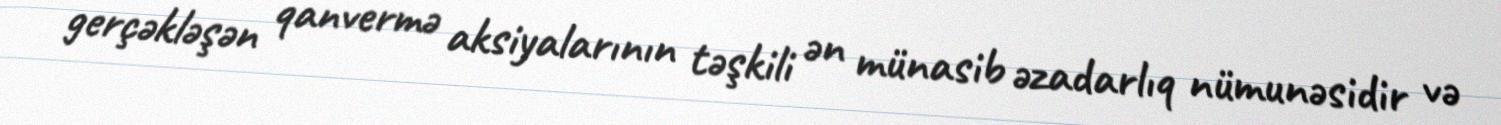
gerçəkləşən qanvermə aksiyalarının təşkili ən münasib əzadarlıq nümunəsidir və